Vaccination in Bombay 1869-1873 - 1869-1873
Year: 1869
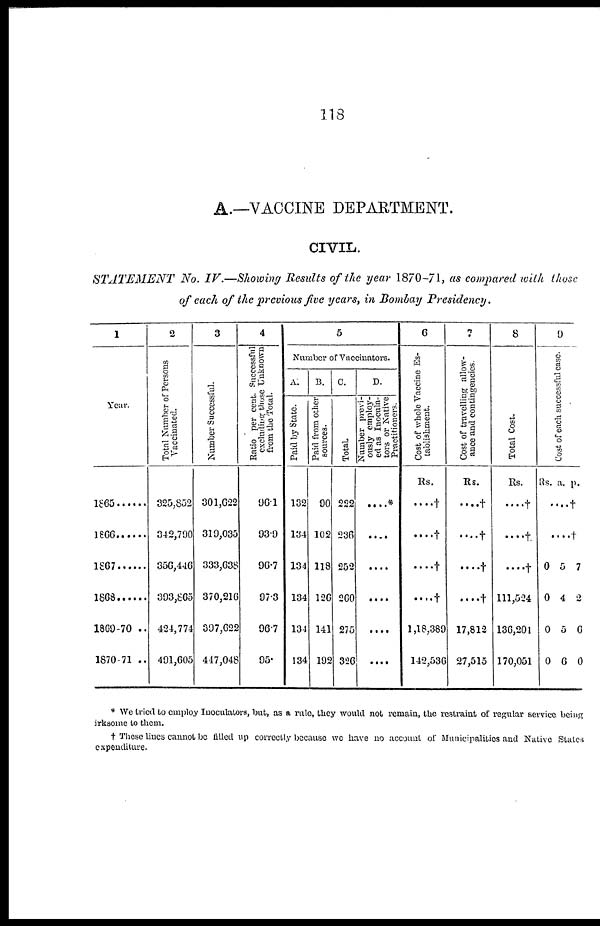
118
A.—VACCINE DEPARTMENT.
CIVIL.
STATEMENT No. IV.—Showing Results of the year 1870-71, as compared with those
of each of the previous five years, in Bombay Presidency.
1
Year.
1865......
1866......
1867......
1868......
1869-70 ..
1870-71 ..
2
Total Number of Persons
Vaccinated.
325,852
342,790
356,446
393,865
424,774
491,605
3
Number Successful.
301,622
319,035
333,638
370,216
397,622
447,048
4
Ratio per cent. Successful
excluding those Unknown
from the Total.
96.1
93.9
96.7
97.3
96.7
95.
5
Number of Vaccinators.
A.
Paid by State.
132
134
134
134
134
134
B.
Paid from other
sources.
90
102
118
126
141
192
C.
Total.
222
236
252
260
275
326
D.
Number previ-
ously employ-
ed as Inocula¬
tors or Native
Practitioners.
....*
......
....
....
....
....
6
Cost of whole Vaccine Es-
tablishment.
Rs.
....†
....†
....†
....†
1,18,389
142,536
7
Cost of travelling allow-
ance and contingencies.
Rs.
....†
....†
....†
....†
17,812
27,515
8
Total Cost.
Rs.
....†
....†
....†
111,524
136,201
170,051
9
Cost of each successful case.
Rs. a. p.
....†
....†
0
0
0
0
5
4
5
6
7
2
6
0
* We tried to employ Inoculators, but, as a rule, they would not remain, the restraint of regular service being
irksome to them.
† Those lines cannot be filled up correctly because wo have no account of Municipalities and Native States
expenditure.